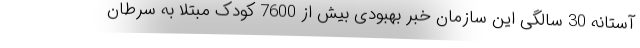
آستانه 30 سالگی این سازمان خبر بهبودی بیش از 7600 کودک مبتلا به سرطان